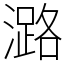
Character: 潞